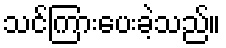
သင်ကြားပေးခဲ့သည်။